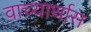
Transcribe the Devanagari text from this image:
वाच्यार्थास